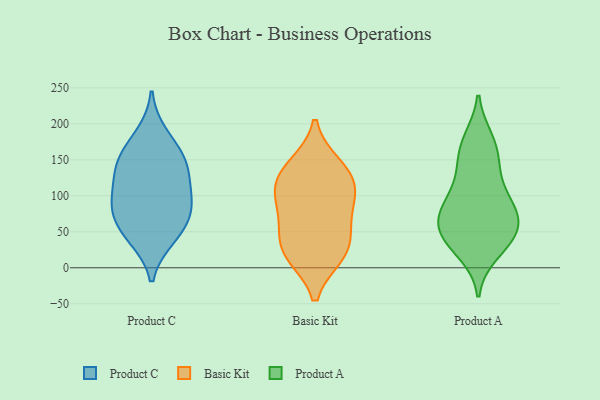
{"axis": {"x": "Active Users", "y": "Value"}, "legend": ["Basic Kit", "Product A", "Product C"], "data": [{"x": "", "y": 84, "type": "Product C"}, {"x": "", "y": 108, "type": "Product C"}, {"x": "", "y": 129, "type": "Product C"}, {"x": "", "y": 185, "type": "Product C"}, {"x": "", "y": 155, "type": "Product C"}, {"x": "", "y": 140, "type": "Product C"}, {"x": "", "y": 44, "type": "Product C"}, {"x": "", "y": 41, "type": "Product C"}, {"x": "", "y": 154, "type": "Product C"}, {"x": "", "y": 67, "type": "Product C"}, {"x": "", "y": 77, "type": "Product C"}, {"x": "", "y": 96, "type": "Product C"}, {"x": "", "y": 18, "type": "Basic Kit"}, {"x": "", "y": 119, "type": "Basic Kit"}, {"x": "", "y": 105, "type": "Basic Kit"}, {"x": "", "y": 96, "type": "Basic Kit"}, {"x": "", "y": 29, "type": "Basic Kit"}, {"x": "", "y": 142, "type": "Basic Kit"}, {"x": "", "y": 134, "type": "Basic Kit"}, {"x": "", "y": 53, "type": "Basic Kit"}, {"x": "", "y": 18, "type": "Basic Kit"}, {"x": "", "y": 73, "type": "Basic Kit"}, {"x": "", "y": 49, "type": "Product A"}, {"x": "", "y": 158, "type": "Product A"}, {"x": "", "y": 73, "type": "Product A"}, {"x": "", "y": 85, "type": "Product A"}, {"x": "", "y": 86, "type": "Product A"}, {"x": "", "y": 63, "type": "Product A"}, {"x": "", "y": 109, "type": "Product A"}, {"x": "", "y": 44, "type": "Product A"}, {"x": "", "y": 95, "type": "Product A"}, {"x": "", "y": 38, "type": "Product A"}, {"x": "", "y": 56, "type": "Product A"}, {"x": "", "y": 67, "type": "Product A"}, {"x": "", "y": 179, "type": "Product A"}, {"x": "", "y": 28, "type": "Product A"}, {"x": "", "y": 146, "type": "Product A"}, {"x": "", "y": 133, "type": "Product A"}, {"x": "", "y": 177, "type": "Product A"}, {"x": "", "y": 20, "type": "Product A"}]}